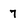
Character: 7